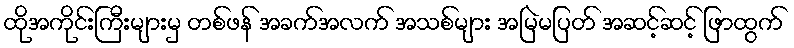
ထိုအကိုင်းကြီးများမှ တစ်ဖန် အခက်အလက် အသစ်များ အမြဲမပြတ် အဆင့်ဆင့် ဖြာထွက်